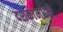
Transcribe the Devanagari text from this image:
दशकांमधले